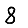
Digit: 8